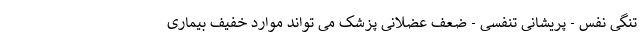
تنگی نفس - پریشانی تنفسی - ضعف عضلانی پزشک می تواند موارد خفیف بیماری